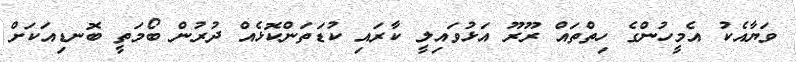
ވަޔާއެކު އެމީހުންގެ ހިތްތައް ރޫރޫ އަޅުވައިލީ ކާރައި ކުޑަތަންކޮޅެއް ދުރުން ބޯމަތީ ބޮނޑިއަކަށް